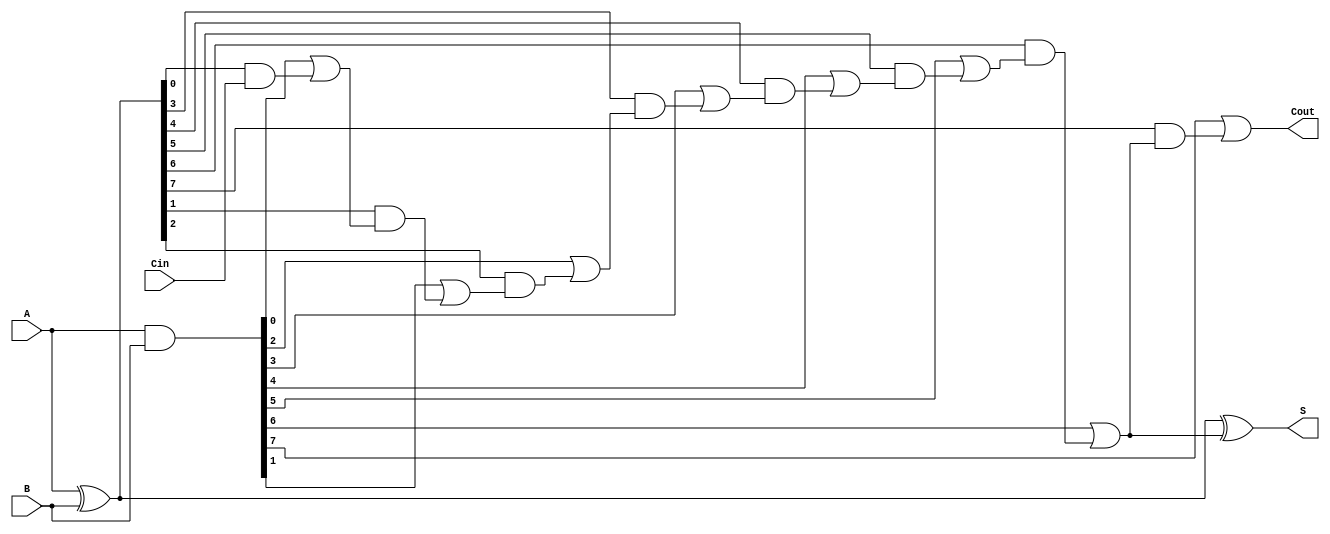
module CSPA #(parameter N = 8) (
    input  wire [N-1:0] A,      // First operand
    input  wire [N-1:0] B,      // Second operand
    input  wire Cin,             // Carry input
    output wire [N-1:0] S,      // Sum output
    output wire Cout             // Carry output
);

    // Generate and Propagate signals
    wire [N-1:0] G;  // Generate
    wire [N-1:0] P;  // Propagate
    wire [N:0] C;    // Carry signals

    // Carry Generation and Propagation
    assign G = A & B;
    assign P = A ^ B;

    // Carry calculation
    genvar i;
    generate
        assign C[0] = Cin; // Initial carry input
        for (i = 0; i < N; i = i + 1) begin : carry_generation
            if (i == 0) begin
                assign C[i+1] = G[i] | (P[i] & C[i]);
            end else begin
                assign C[i+1] = G[i] | (P[i] & C[i]);
            end
        end
    endgenerate

    // Sum Calculation
    assign S = A ^ B ^ C[N-1]; // Sum output
    assign Cout = C[N];       // Final carry out

endmodule